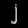
Digit: ၂